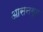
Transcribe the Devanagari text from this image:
आसनगृह